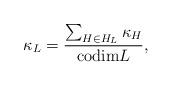
LaTeX: \begin{align*} \kappa_L=\frac{\sum_{H\in H_L} \kappa_H}{{\rm codim} L},\end{align*}